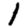
Digit: 1